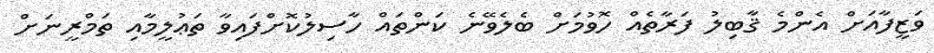
ވަޒީފާއަށް އެންމެ ޤާބިލު ފަރާތެއް ހޮވުމަށް ބެލެވޭނެ ކަންތައް ހާސިލުކޮށްފައިވާ ތަޢުލީމާއި ތަމްރީނަށް